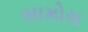
સામોસ